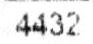
4432